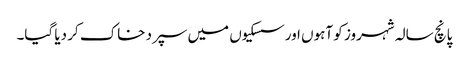
پانچ سالہ شہروز کو آہوں اورسسکیوں میں سپرد خاک کر دیا گیا۔